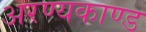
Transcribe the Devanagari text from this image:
अरण्‍यकाण्‍ड